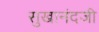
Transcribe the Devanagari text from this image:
सुखानंदजी